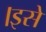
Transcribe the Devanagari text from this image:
।इसे